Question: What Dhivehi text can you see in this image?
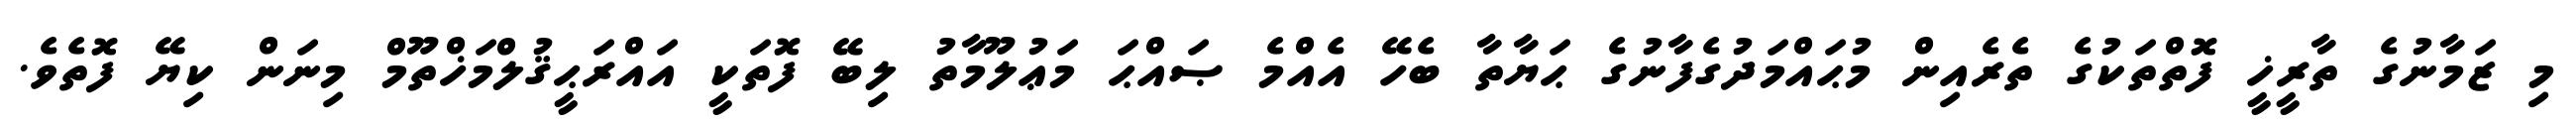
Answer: މި ޒަމާނުގެ ތާރީޚީ ފޮތްތަކުގެ ތެރެއިން މުޙައްމަދުގެފާނުގެ ޙަޔާތާ ބެހޭ އެއްމެ ޞައްޙަ މަޢުލޫމާތު ލިބޭ ފޮތަކީ އައްރަޙީޤުލްމަޚްތޫމް މިނަން ކިޔޭ ފޮތެވެ.